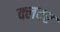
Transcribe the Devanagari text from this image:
क्लवर